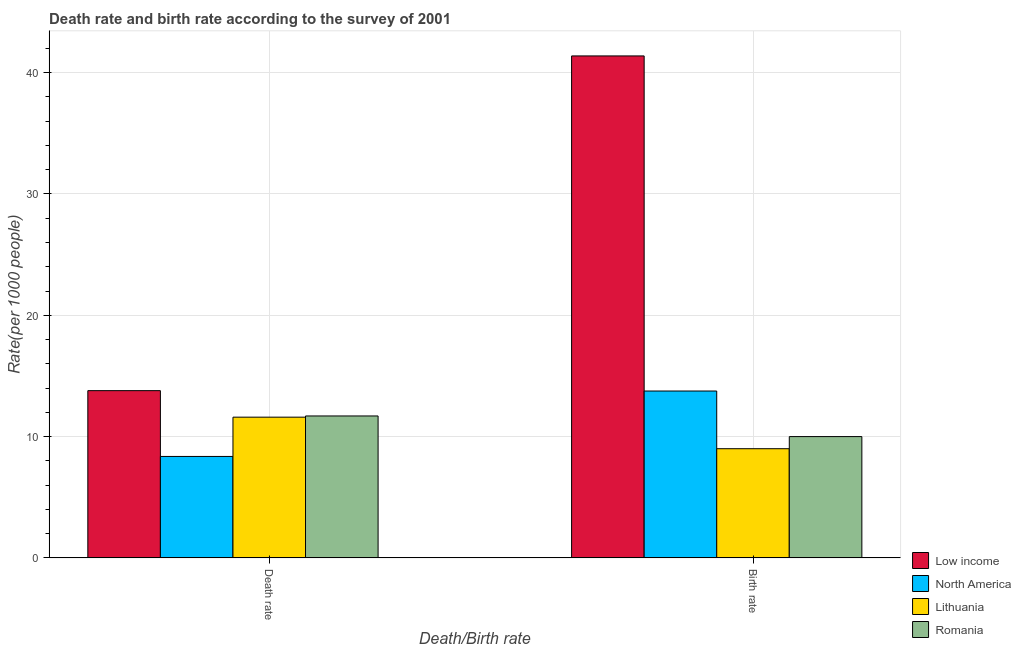
| Death/Birth rate | Low income | North America | Lithuania | Romania |
 | --- | --- | --- | --- | --- |
 | Death rate | 13.8 | 8.36 | 11.6 | 11.7 |
 | Birth rate | 41.4 | 13.8 | 9 | 10 |